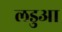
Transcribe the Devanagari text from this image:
लडुआ